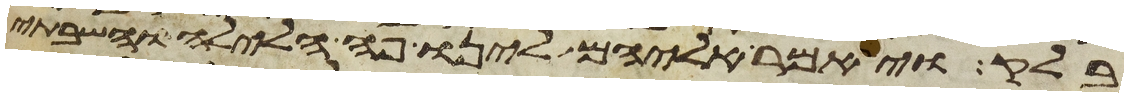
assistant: בלק ויאמר אליהם לינו פה הלילה והשבתי